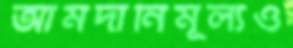
আমদানিমূল্যও